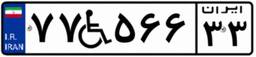
۷۷W۵۶۶۳۳